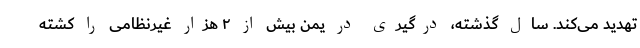
تهدید می‌کند. سال گذشته، درگیری در یمن بیش از ۲ هزار غیرنظامی را کشته